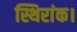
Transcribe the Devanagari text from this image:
स्थिरांक।